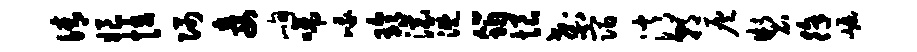
倩娘怯隅妾峋啼峨玲滚溉筠恨刹宿消朝灰制徐崛